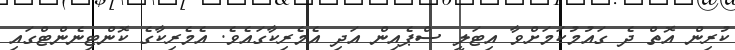
ކުރިން އޮތް ދެ ގައުމުކަމަށްވާ އިޓަލީ ސްޕެއިން އަދި އެމެރިކާގައެވެ. އެމެރިކާގެ ކޮންޓިނެންޓްގައި